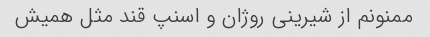
ممنونم از شیرینی روژان و اسنپ قند مثل همیش